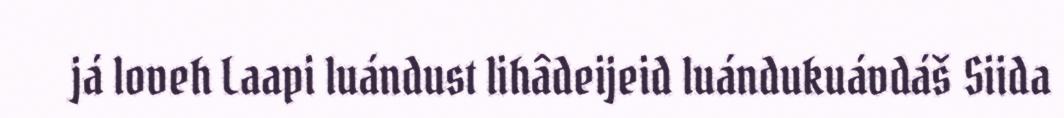
já loveh Laapi luándust lihâdeijeid luándukuávdáš Siida